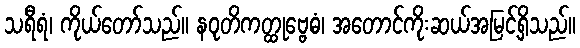
သရီရံ၊ ကိုယ်တော်သည်။ နဝုတိကတ္ထုဗ္ဗေဓံ၊ အတောင်ကိုးဆယ်အမြင့်ရှိသည်။